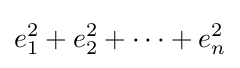
e_{1}^{2}+e_{2}^{2}+\cdots +e_{n}^{2}